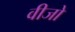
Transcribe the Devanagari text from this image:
वीजो